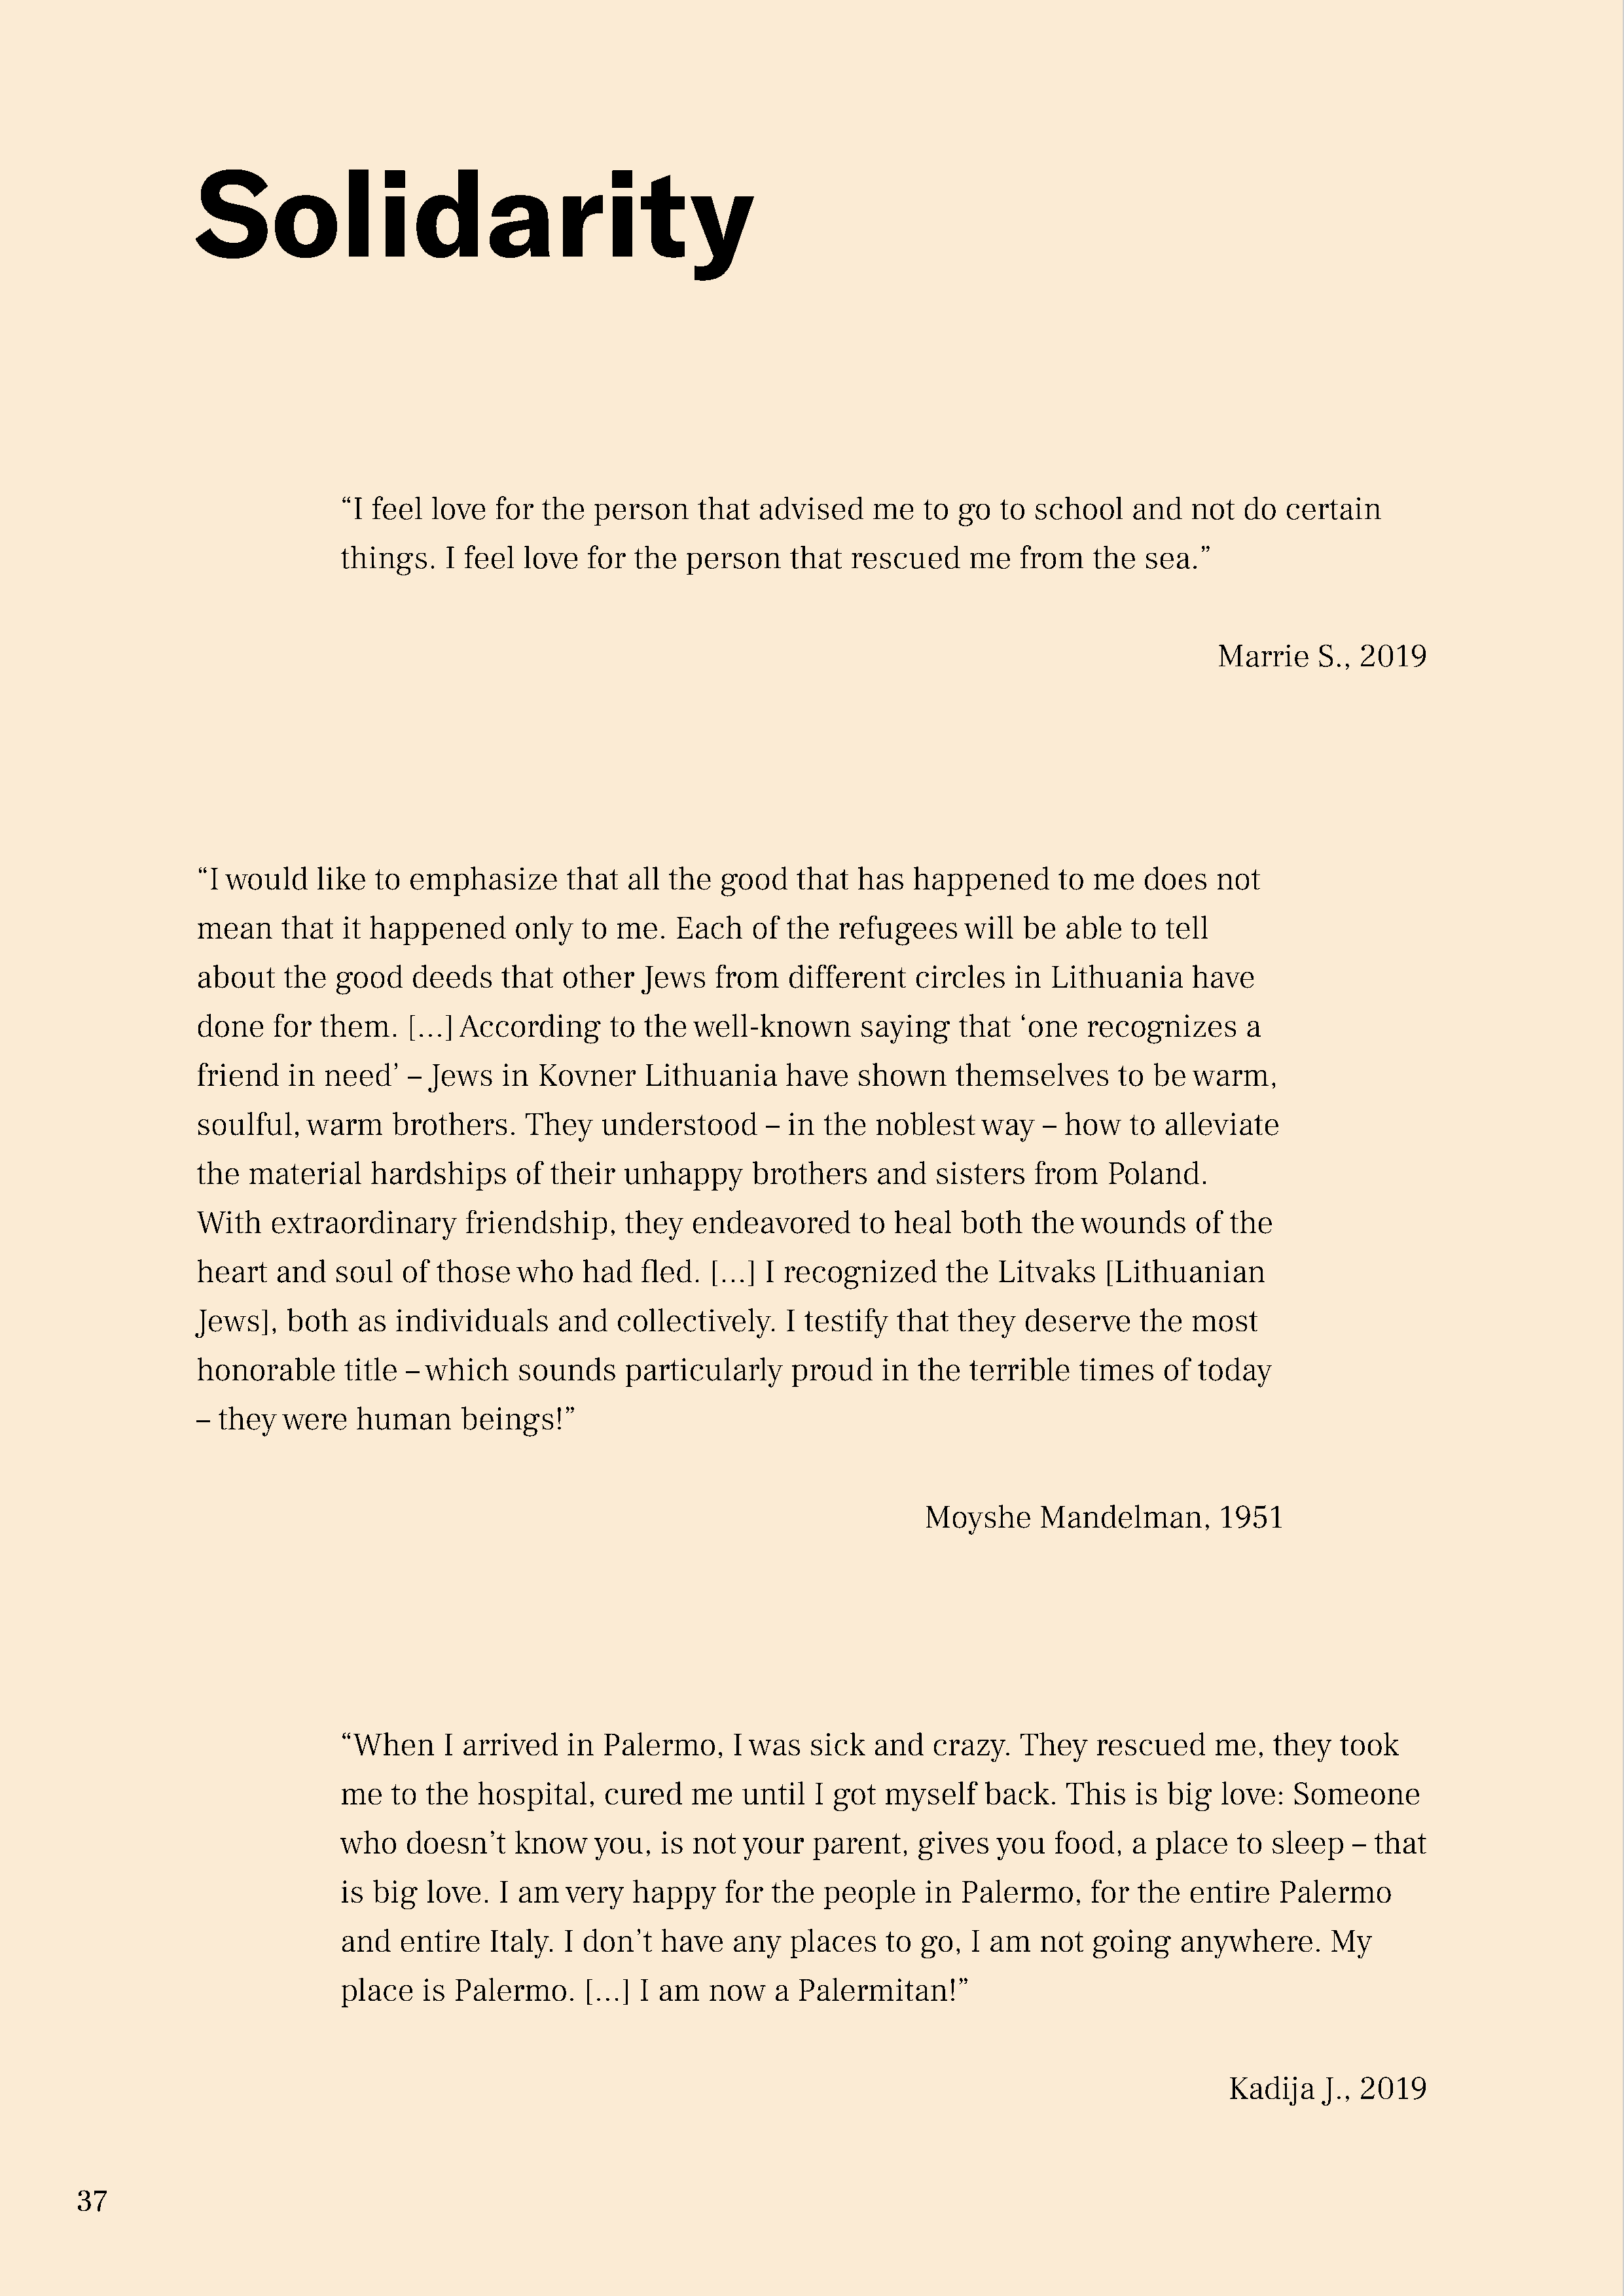
Solidarity
 “I  feel  love  for  the  person     that  advised    me   to  go  to  school   and   not   do  certain
 things.    I feel  love  for  the  person     that  rescued     me   from   the   sea.”
 Marrie    S., 2019
 “I would    like  to emphasize       that  all  the  good    that  has  happened       to me    does   not
 mean    that   it happened      only   to me.   Each    of the   refugees     will be   able  to  tell
 about    the  good    deeds    that  other   Jews   from    different   circles    in Lithuania     have
 done    for them.    […]  According       to the  well-known       saying    that  ‘one   recognizes      a
 friend   in  need’   – Jews    in Kovner     Lithuania     have    shown     themselves      to  be  warm,
 soulful,   warm     brothers.    They    understood      –  in the  noblest    way   –  how   to  alleviate
 the  material    hardships      of  their  unhappy      brothers     and   sisters   from   Poland.
 With   extraordinary       friendship,     they   endeavored       to heal   both   the  wounds      of the
 heart   and   soul   of those   who    had   fled.  […]  I recognized       the  Litvaks    [Lithuanian
 Jews],   both   as  individuals     and   collectively.    I testify   that  they   deserve    the  most
 honorable      title – which    sounds     particularly     proud    in  the  terrible   times    of today
 – they   were   human      beings!”
 Moyshe      Mandelman,        1951
 “When      I arrived   in  Palermo,     I was   sick  and   crazy.   They    rescued     me,   they  took
 me    to the  hospital,    cured    me   until  I got  myself    back.    This   is big  love:   Someone
 who    doesn’t    know    you,   is not  your   parent,    gives   you   food,  a  place   to  sleep   – that
 is  big  love.  I am   very   happy    for  the  people    in  Palermo,     for  the  entire   Palermo
 and   entire   Italy.  I don’t   have   any   places    to go,  I am   not  going    anywhere.       My
 place    is Palermo.     […]   I am   now   a  Palermitan!”
 Kadija    J., 2019
 37